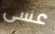
عسى